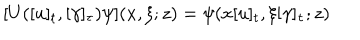
\lbrack U ( [ u ] _ { t } , [ \gamma ] _ { \tau } ) \psi ] ( x , \xi ; z ) = \psi ( x [ u ] _ { t } , \xi \lbrack \gamma ] _ { \tau } ; z )